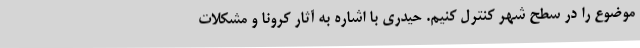
موضوع را در سطح شهر کنترل کنیم. حیدری با اشاره به آثار کرونا و مشکلات